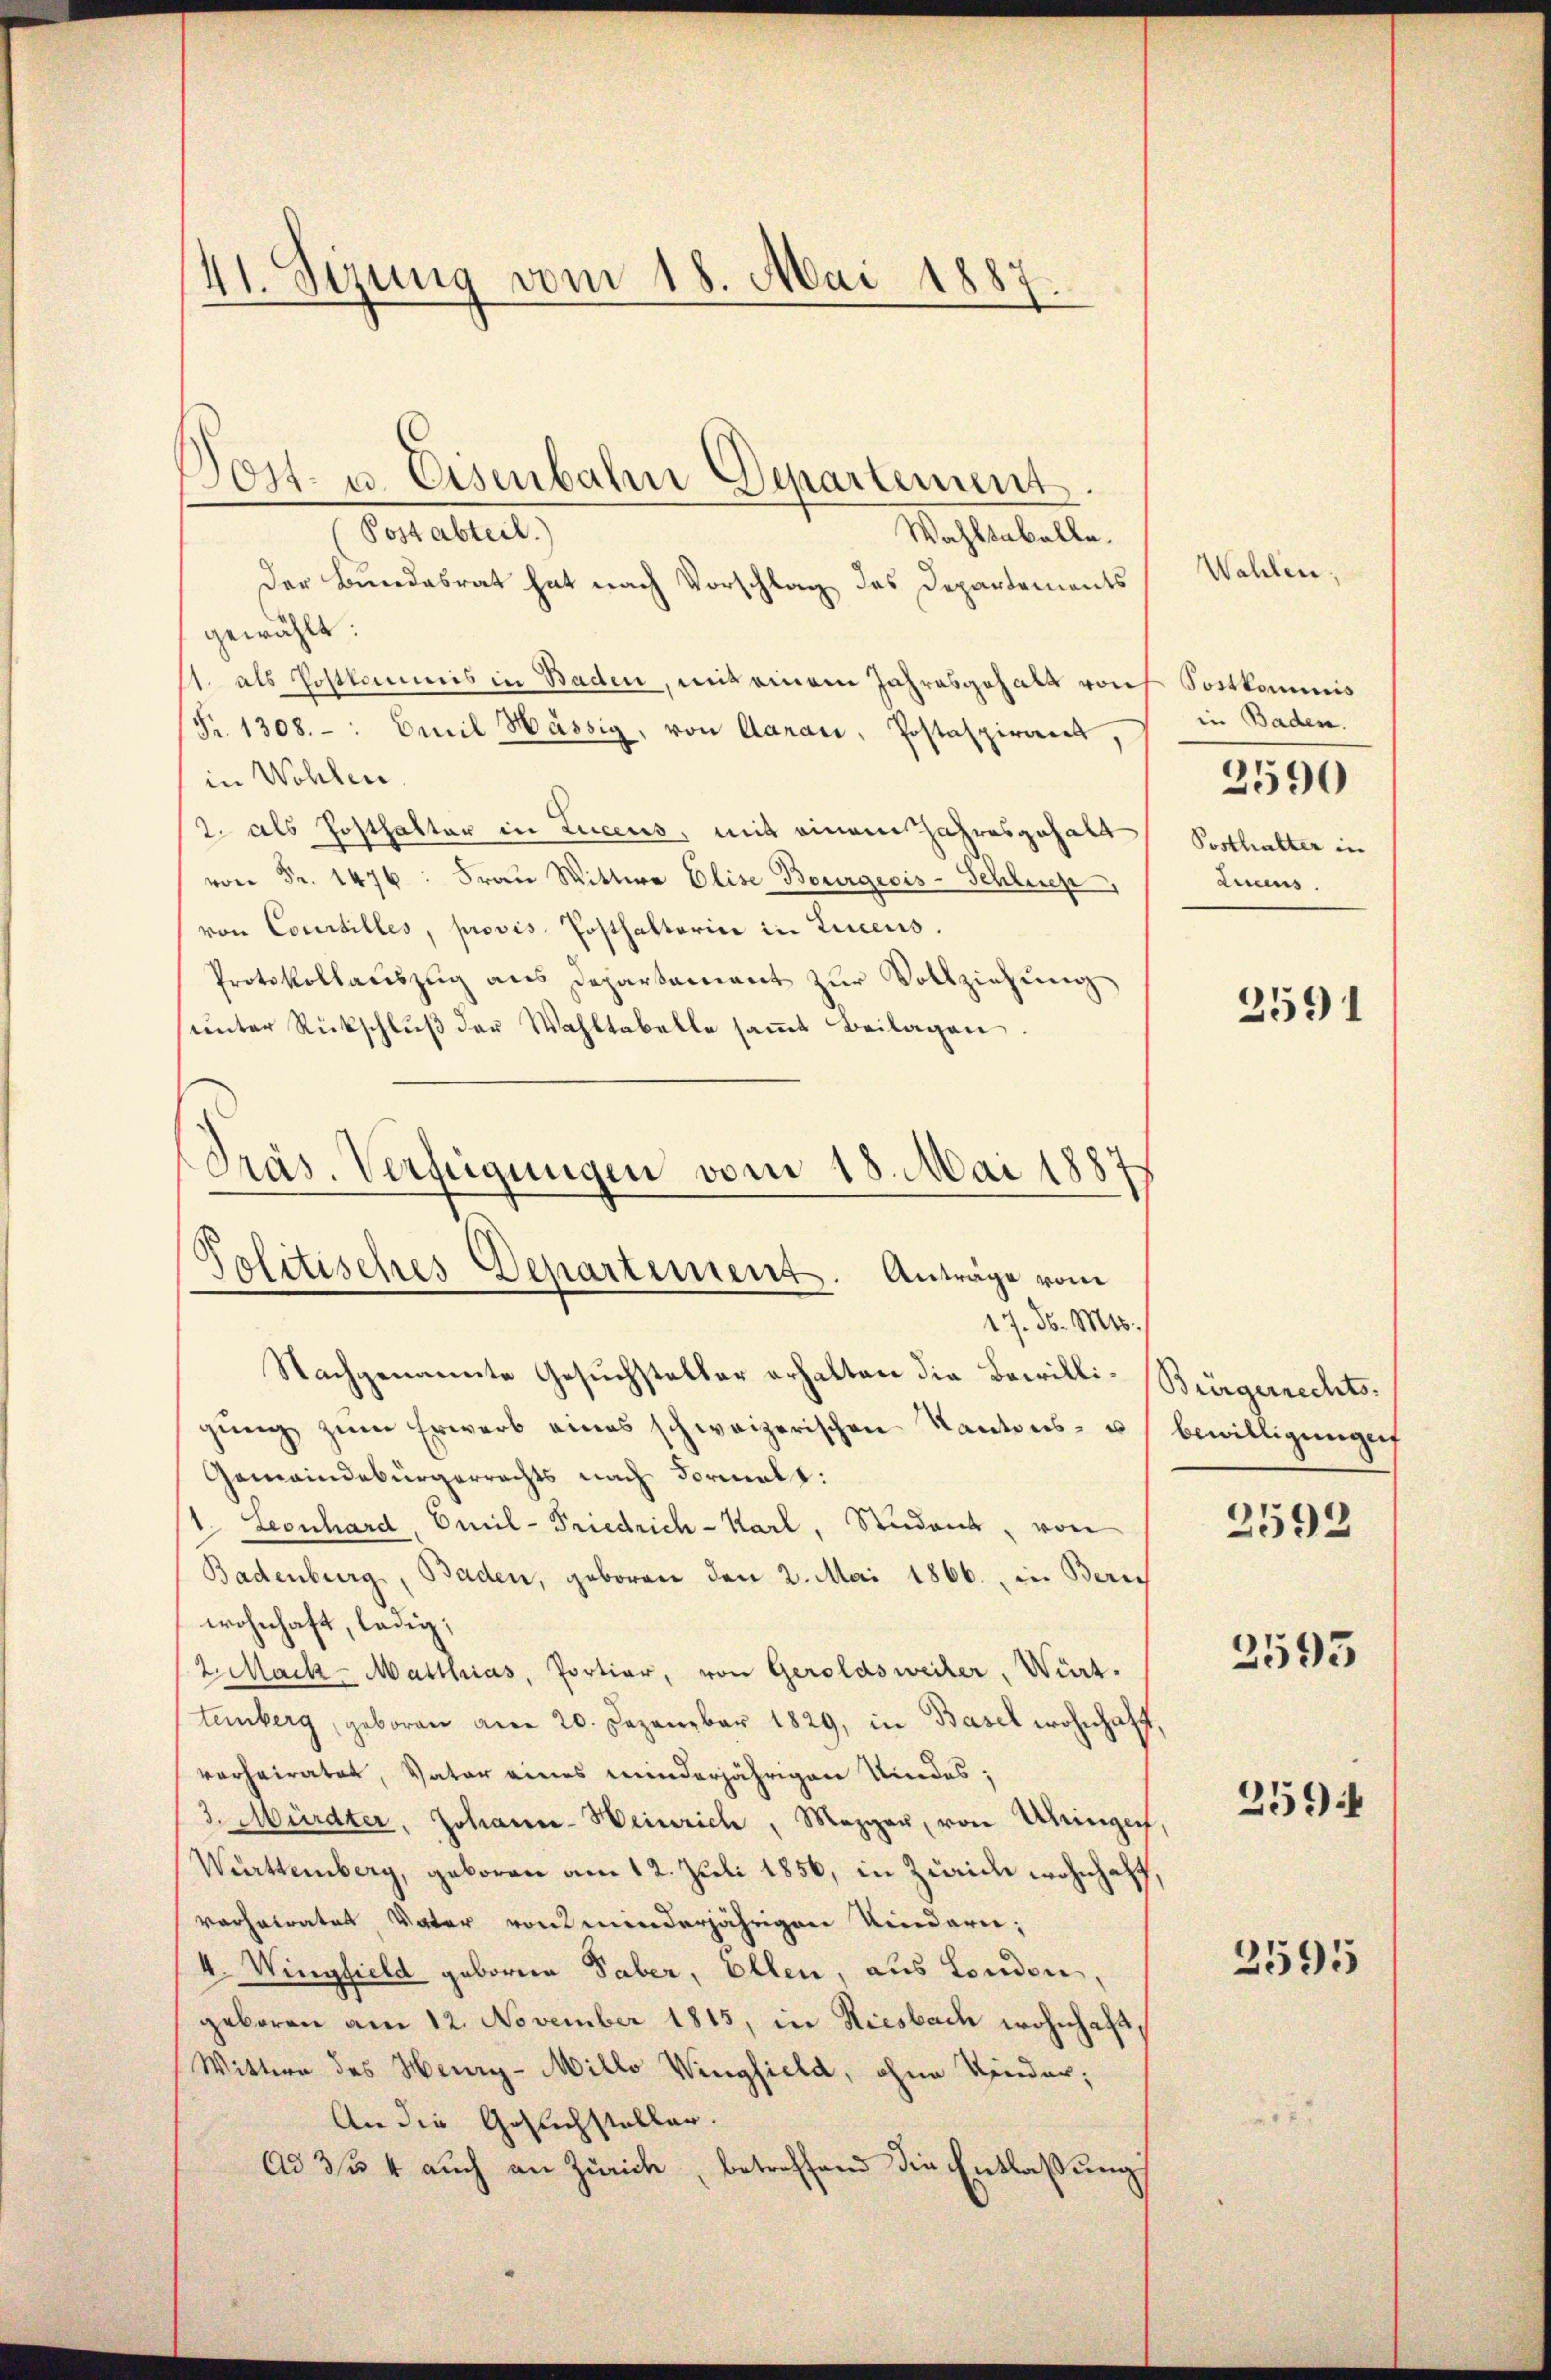
1
41. Sizung vom 18. Mai 1887.

Post abteil.)
Wahltabelle.
Der Bundesrat hat nach Vorschlag des Departements
gewählt:
11. als Postkommis in Baden, mit einem Jahresgehalt von Sostkommis
Fr. 1308. -: Emil Hässig, von Aarau, Postaspirant,
in Wohlen.
2. als Posthalter in Lucens, mit einem Jahresgehalt
von Fr. 1476. Frau Wittwe Elise Bourgeois-Schluch
von Courtilles, provis. Posthalterin in Liecens.
Protokollaŭszŭg ans Departament zŭr Vollziehŭng
ŭnter Rückschlŭβ der Wahltabelle saṁt Beilagen.
Nachgenannte Gesuchsteller erhalten die Bewilli-Bürgerrechtsgung zum Erwerb eines schweizerischen Kantons- u
Gemeindebürgerrechts nach Formalt:
1. Leonhard, Emil-Friedrich-Karl, Student, von
Badenburg, Baden, geboren den 2. Mai 1866., in Berech
wohnhaft, ledig,
2. Mack-Matthias, Portiar, von Geroldsweiler, Würt.
tenberg, geboren am 20. Dezember 1829, in Basel wohnhaff
verheiratet, Vater eines minderjährigen Kindes;
3. Mürdter, Johann-Heinrich, Mezger, von Uhringer
Württemberg, geboren am 12. Juli 1856, in Zürich wohnhaff
verheirates, Vater von minderjährigen Kindern;
4. Wingfield geborene Taber, Ellen, aus London,
geboren am 12. November 1815, in Riesbach wohnhaft,
Wittwe des Henry-Millo Wingfield, ohne Vinder;
An die Gesuchsteller.
Ad 3/4 auch an Zürich, betreffend die Entlassung

Post- u. Eisenbahn Departement.

Präs. Verfügungen vom 18. Mai 1887
Politisches Departement. Anträge vom
17. d. Mts.

Wahlen;

in Baden.
Posthalter in
Lucens.

2590

2591

bewilligungen
2593

2595

259

2595